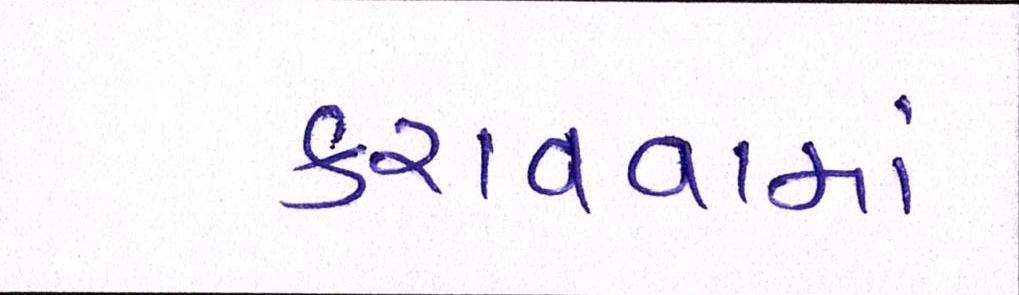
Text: કરાવવામાં